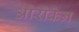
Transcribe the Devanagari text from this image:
औरोकेन